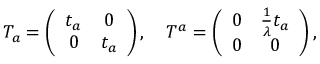
T _ { a } = \left( \begin{array} { c c } { { t _ { a } } } & { { 0 } } \\ { { 0 } } & { { t _ { a } } } \end{array} \right) , ~ ~ ~ T ^ { a } = \left( \begin{array} { c c } { { 0 } } & { { \frac { 1 } { \lambda } t _ { a } } } \\ { { 0 } } & { { 0 } } \end{array} \right) ,